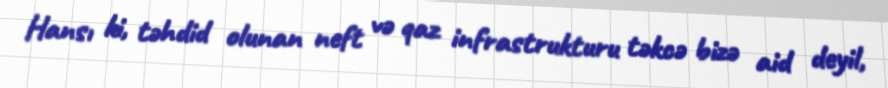
Hansı ki, təhdid olunan neft və qaz infrastrukturu təkcə bizə aid deyil,